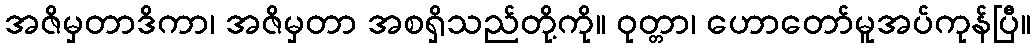
အဇိမှတာဒိကာ၊ အဇိမှတာ အစရှိသည်တို့ကို။ ဝုတ္တာ၊ ဟောတော်မူအပ်ကုန်ပြီ။